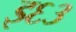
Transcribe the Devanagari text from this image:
इ६३